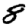
Digit: 8